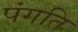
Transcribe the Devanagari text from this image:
पंगति